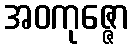
အဝကုဇ္ဇော